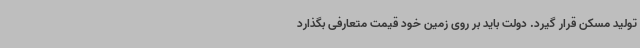
تولید مسکن قرار گیرد. دولت باید بر روی زمین خود قیمت متعارفی بگذارد